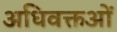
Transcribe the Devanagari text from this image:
अधिवक्तओं